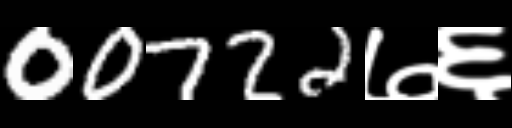
Text: 00722७६